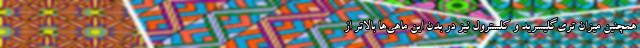
همچنین میزان تری‌گلیسرید و کلسترول نیز در بدن این ماهی‌ها بالاتر از